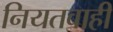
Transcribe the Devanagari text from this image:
नियतवाही